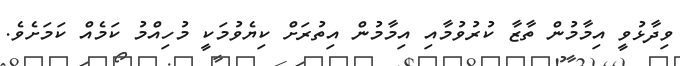
ވިދާޅުވީ އިމާމުން ތާޒާ ކުރުވުމާއި އިމާމުން އިތުރަށް ކިޔެވުމަކީ މުހިއްމު ކަމެއް ކަމަށެވެ.